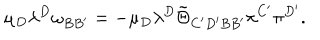
LaTeX: \mu _ { D } \lambda ^ { D } \omega _ { B B ^ { \prime } } = - \mu _ { D } \lambda ^ { D } \tilde { \Theta } _ { C ^ { \prime } D ^ { \prime } B B ^ { \prime } } \pi ^ { C ^ { \prime } } \pi ^ { D ^ { \prime } } .